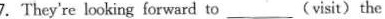
7.They're looking forward to ___ (visit) the